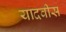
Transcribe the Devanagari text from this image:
यादवीस